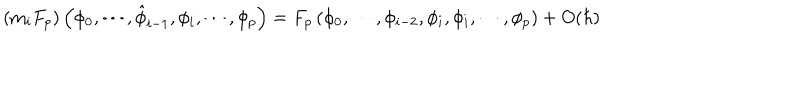
LaTeX: \left( \mathrm { m } _ { i } F _ { p } \right) \left( \phi _ { 0 } , \cdots , \hat { \phi } _ { i - 1 } , \phi _ { i } , \cdots , \phi _ { p } \right) = F _ { p } \left( \phi _ { 0 } , \cdots , \phi _ { i - 2 } , \phi _ { i } , \phi _ { i } , \cdots , \phi _ { p } \right) + O ( \hbar )